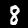
Label: 8